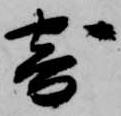
寄